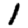
Digit: 1